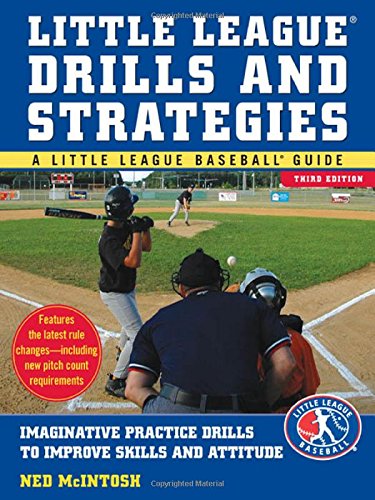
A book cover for Little Leagues Drills & Strategies (Little League Baseball Guide); Ned McIntosh; Sports & Outdoors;